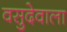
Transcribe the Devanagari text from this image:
वसुदेवाला